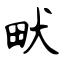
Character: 畎